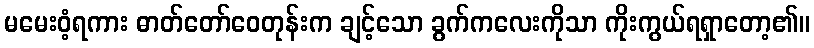
မမေးဝံ့ရကား ဓာတ်တော်ဝေတုန်းက ချင့်သော ခွက်ကလေးကိုသာ ကိုးကွယ်ရရှာတော့၏။